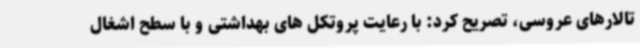
تالارهای عروسی، تصریح کرد: با رعایت پروتکل های بهداشتی و با سطح اشغال